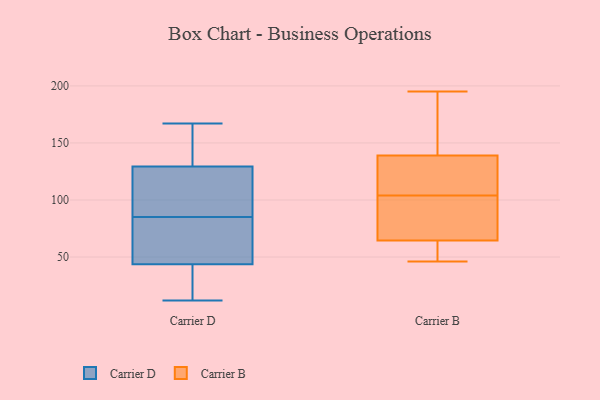
{"axis": {"x": "Market Share (%)", "y": "Value"}, "legend": ["Carrier B", "Carrier D"], "data": [{"x": "", "y": 141, "type": "Carrier D"}, {"x": "", "y": 12, "type": "Carrier D"}, {"x": "", "y": 92, "type": "Carrier D"}, {"x": "", "y": 85, "type": "Carrier D"}, {"x": "", "y": 167, "type": "Carrier D"}, {"x": "", "y": 34, "type": "Carrier D"}, {"x": "", "y": 47, "type": "Carrier D"}, {"x": "", "y": 12, "type": "Carrier D"}, {"x": "", "y": 48, "type": "Carrier D"}, {"x": "", "y": 107, "type": "Carrier D"}, {"x": "", "y": 133, "type": "Carrier D"}, {"x": "", "y": 128, "type": "Carrier D"}, {"x": "", "y": 74, "type": "Carrier D"}, {"x": "", "y": 47, "type": "Carrier B"}, {"x": "", "y": 150, "type": "Carrier B"}, {"x": "", "y": 109, "type": "Carrier B"}, {"x": "", "y": 118, "type": "Carrier B"}, {"x": "", "y": 65, "type": "Carrier B"}, {"x": "", "y": 190, "type": "Carrier B"}, {"x": "", "y": 60, "type": "Carrier B"}, {"x": "", "y": 68, "type": "Carrier B"}, {"x": "", "y": 64, "type": "Carrier B"}, {"x": "", "y": 103, "type": "Carrier B"}, {"x": "", "y": 128, "type": "Carrier B"}, {"x": "", "y": 195, "type": "Carrier B"}, {"x": "", "y": 67, "type": "Carrier B"}, {"x": "", "y": 46, "type": "Carrier B"}, {"x": "", "y": 189, "type": "Carrier B"}, {"x": "", "y": 105, "type": "Carrier B"}]}